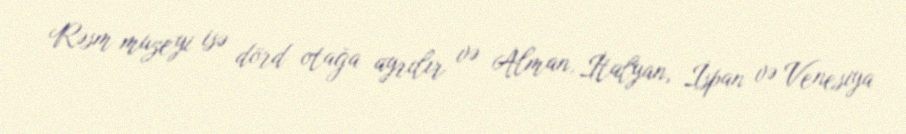
Rəsm muzeyi isə dörd otağa ayrılır və Alman, İtalyan, İspan və Venesiya